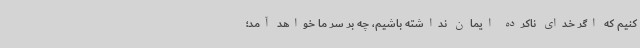
کنیم که اگر خدای ناکرده ایمان نداشته باشیم، چه بر سر ما خواهد آمد؛